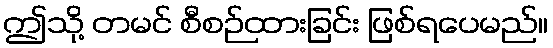
ဤသို့ တမင် စီစဉ်ထားခြင်း ဖြစ်ရပေမည်။